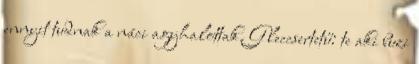
ennyit tudnak a náci agyhalottak. Gleccsertetű: te aki buzi